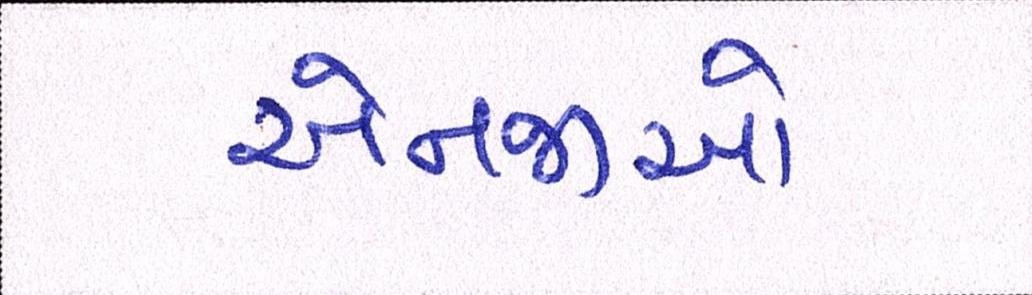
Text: એનજીઓ